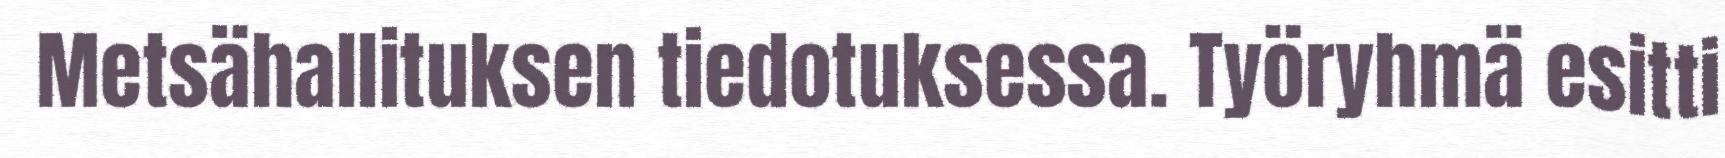
Metsähallituksen tiedotuksessa. Työryhmä esitti